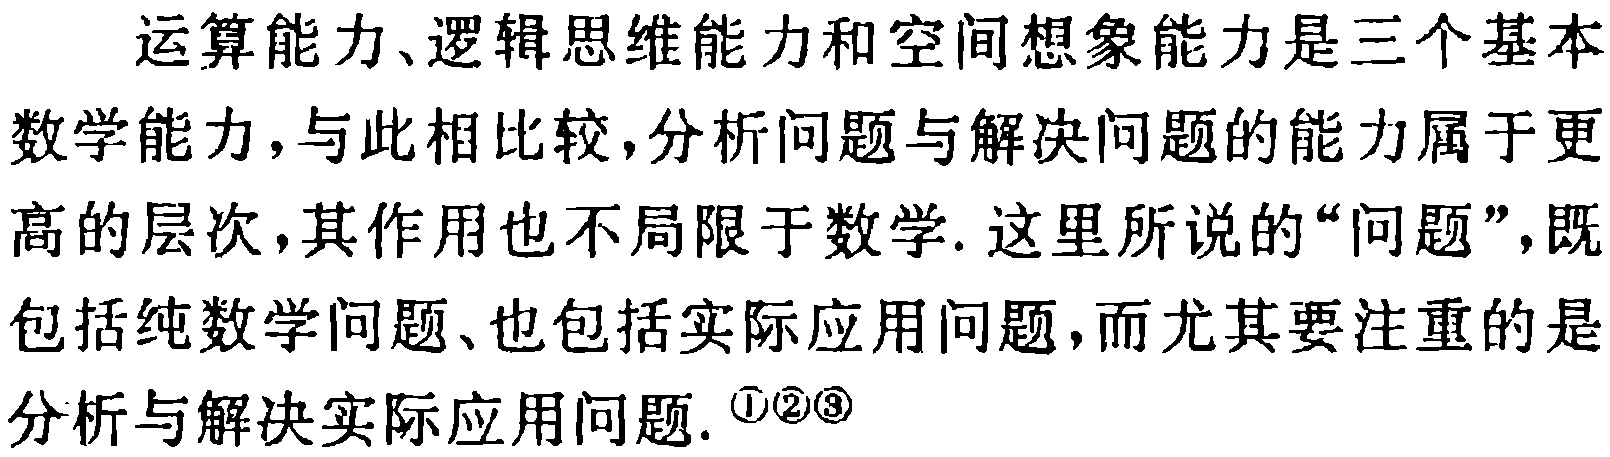
运算能力、逻辑思维能力和空间想象能力是三个基本数学能力，与此相比较，分析问题与解决问题的能力属于更高的层次，其作用也不局限于数学. 这里所说的“问题”，既包括纯数学问题、也包括实际应用问题，而尤其要注重的是分析与解决实际应用问题. \textcircled{1}\textcircled{2}\textcircled{3}